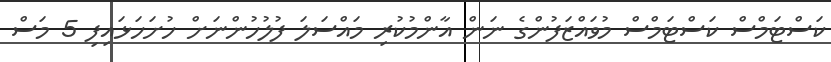
ކަސްޓަމްސް ކަސްޓަމްސް މުވައްޒަފުންގެ ނަން އާންމުކުރި މައްސަލަ ފުލުހުންނަށް ހުށަހަޅައިފި 5 މަސް